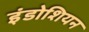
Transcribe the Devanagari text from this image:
इंडोशियन